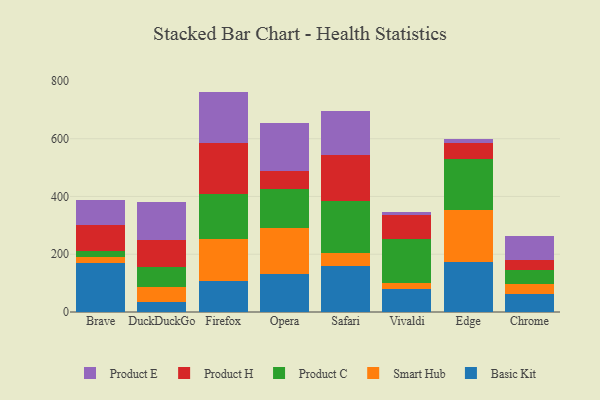
{"axis": {"x": "Browser", "y": "Tickets Resolved"}, "legend": ["Basic Kit", "Product C", "Product E", "Product H", "Smart Hub"], "data": [{"x": "Brave", "y": 168.0, "type": "Basic Kit"}, {"x": "Brave", "y": 23.8, "type": "Smart Hub"}, {"x": "Brave", "y": 19.9, "type": "Product C"}, {"x": "Brave", "y": 88.8, "type": "Product H"}, {"x": "Brave", "y": 88.4, "type": "Product E"}, {"x": "DuckDuckGo", "y": 34.3, "type": "Basic Kit"}, {"x": "DuckDuckGo", "y": 52.3, "type": "Smart Hub"}, {"x": "DuckDuckGo", "y": 70.3, "type": "Product C"}, {"x": "DuckDuckGo", "y": 90.7, "type": "Product H"}, {"x": "DuckDuckGo", "y": 132.7, "type": "Product E"}, {"x": "Firefox", "y": 107.7, "type": "Basic Kit"}, {"x": "Firefox", "y": 144.9, "type": "Smart Hub"}, {"x": "Firefox", "y": 156.4, "type": "Product C"}, {"x": "Firefox", "y": 176.1, "type": "Product H"}, {"x": "Firefox", "y": 178.0, "type": "Product E"}, {"x": "Opera", "y": 131.0, "type": "Basic Kit"}, {"x": "Opera", "y": 160.2, "type": "Smart Hub"}, {"x": "Opera", "y": 134.6, "type": "Product C"}, {"x": "Opera", "y": 62.3, "type": "Product H"}, {"x": "Opera", "y": 165.7, "type": "Product E"}, {"x": "Safari", "y": 159.8, "type": "Basic Kit"}, {"x": "Safari", "y": 43.6, "type": "Smart Hub"}, {"x": "Safari", "y": 179.9, "type": "Product C"}, {"x": "Safari", "y": 159.3, "type": "Product H"}, {"x": "Safari", "y": 152.3, "type": "Product E"}, {"x": "Vivaldi", "y": 78.4, "type": "Basic Kit"}, {"x": "Vivaldi", "y": 22.4, "type": "Smart Hub"}, {"x": "Vivaldi", "y": 151.7, "type": "Product C"}, {"x": "Vivaldi", "y": 83.1, "type": "Product H"}, {"x": "Vivaldi", "y": 11.5, "type": "Product E"}, {"x": "Edge", "y": 174.8, "type": "Basic Kit"}, {"x": "Edge", "y": 176.8, "type": "Smart Hub"}, {"x": "Edge", "y": 178.3, "type": "Product C"}, {"x": "Edge", "y": 55.6, "type": "Product H"}, {"x": "Edge", "y": 14.3, "type": "Product E"}, {"x": "Chrome", "y": 61.3, "type": "Basic Kit"}, {"x": "Chrome", "y": 36.0, "type": "Smart Hub"}, {"x": "Chrome", "y": 46.8, "type": "Product C"}, {"x": "Chrome", "y": 35.6, "type": "Product H"}, {"x": "Chrome", "y": 82.4, "type": "Product E"}]}